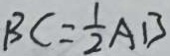
B C = \frac { 1 } { 2 } A B